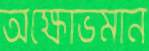
অক্ষোভমান